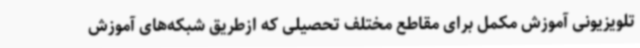
تلویزیونی آموزش مکمل برای مقاطع مختلف تحصیلی که ازطریق شبکه‌های آموزش